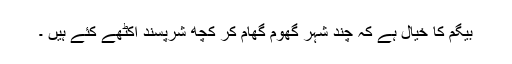
بیگم کا خیال ہے کہ چند شہر گھوم گھام کر کچھ شرپسند اکٹھے کئے ہیں ۔